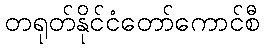
တရုတ်နိုင်ငံတော်ကောင်စီ